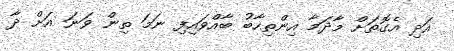
އަދި އެގޮތަށް މާދަމާ އިންތިހާބު ބާއްވައިފި ނަމަ ތިން ވަނަ އަށް ދާ